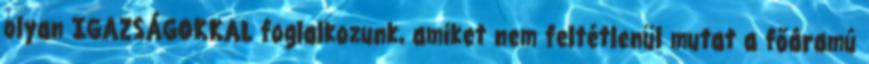
olyan IGAZSÁGOKKAL foglalkozunk, amiket nem feltétlenül mutat a főáramú